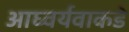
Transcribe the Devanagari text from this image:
आघ्वर्यवाकडे